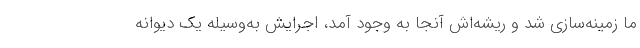
ما زمینه‌سازی شد و ریشه‌اش آنجا به وجود آمد، اجرایش به‌وسیله یک دیوانه